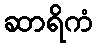
ဆာရိကံ